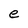
Character: e